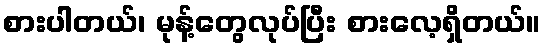
စားပါတယ်၊ မုန့်တွေလုပ်ပြီး စားလေ့ရှိတယ်။